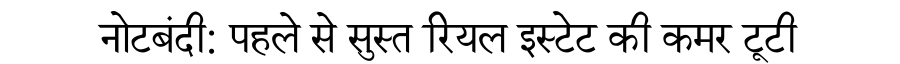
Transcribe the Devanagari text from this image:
नोटबंदी: पहले से सुस्त रियल इस्टेट की कमर टूटी